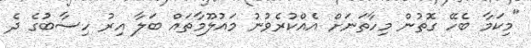
"މިކަމާ ބެހޭ ގޮތުން މިހާތަނަށް އެއްކުރެވުނު މައުލޫމާތައް ބަލާ އިރު ހިސާބުގެ ދެ